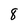
Character: 8